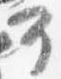
可